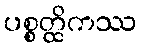
ပစ္စတ္ထိကဿ